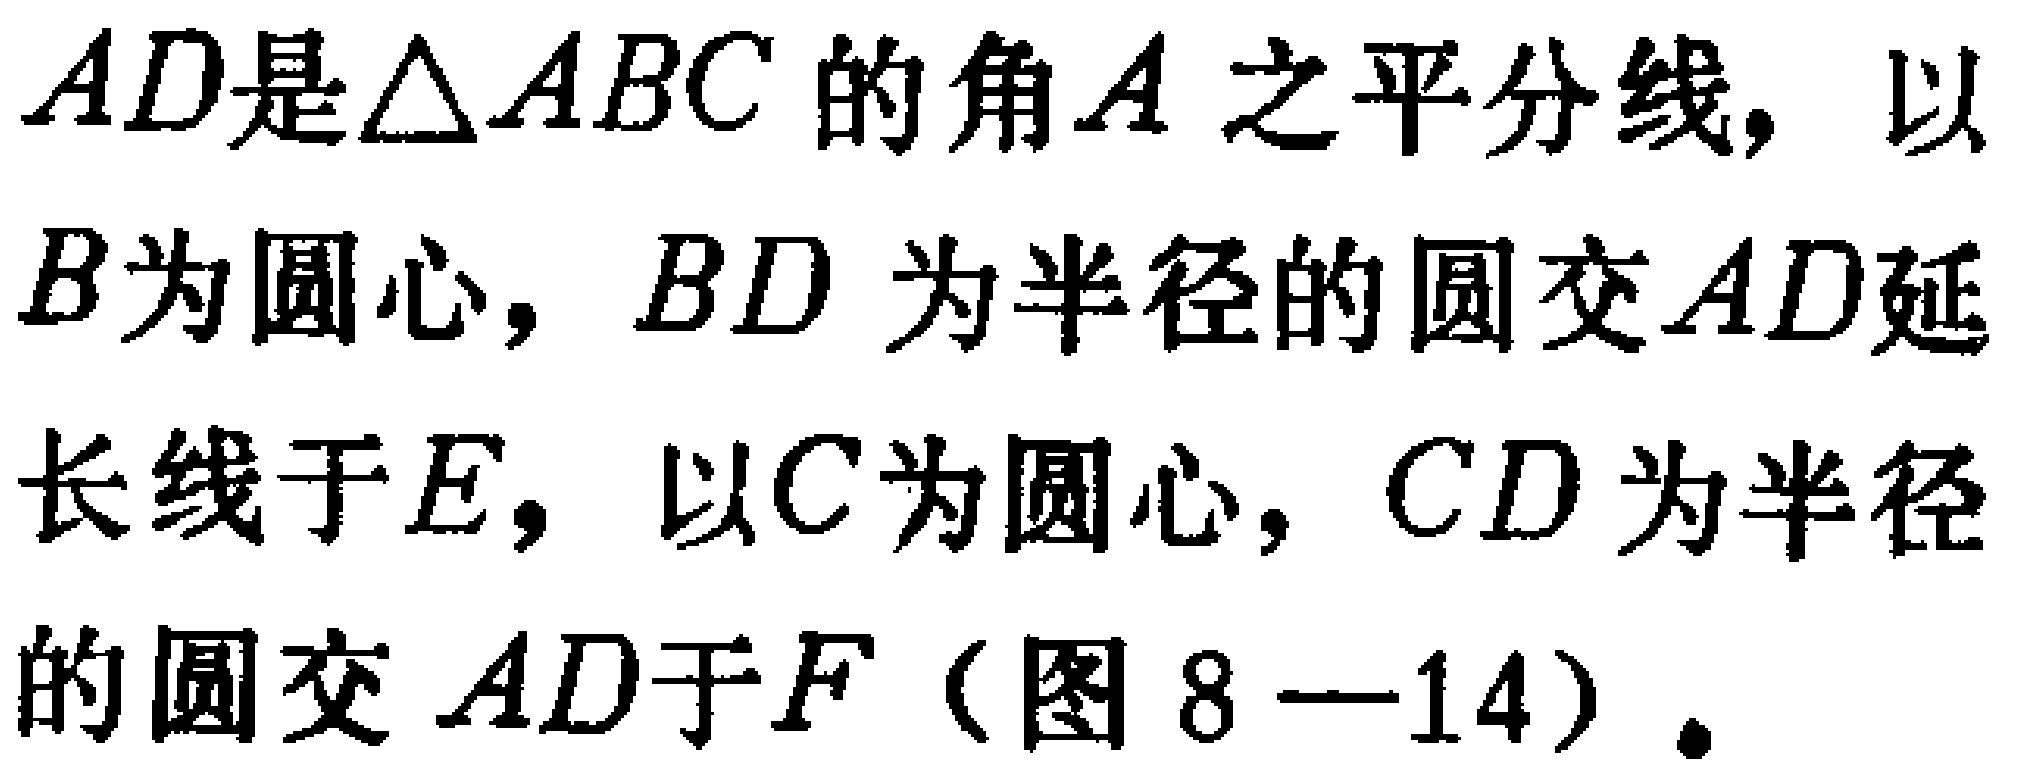
$AD是\triangle ABC的角A之平分线，以B为圆心，BD为半径的圆交AD延长线于E，以C为圆心，CD为半径的圆交AD于F（图8—14）.$